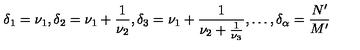
\delta _ { 1 } = \nu _ { 1 } , \delta _ { 2 } = \nu _ { 1 } + \frac { 1 } { \nu _ { 2 } } , \delta _ { 3 } = \nu _ { 1 } + \frac { 1 } { \nu _ { 2 } + \frac { 1 } { \nu _ { 3 } } } , \dots , \delta _ { \alpha } = \frac { N ^ { \prime } } { M ^ { \prime } }